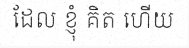
ដែល ខ្ញុំ គិត ហើយ